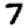
Digit: 7